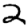
Digit: 2